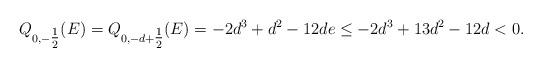
LaTeX: \begin{align*}Q_{0,-\tfrac{1}{2}}(E) = Q_{0,-d+\tfrac{1}{2}}(E) = -2d^3 + d^2 - 12de \leq -2d^3 + 13d^2 - 12d < 0.\end{align*}